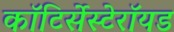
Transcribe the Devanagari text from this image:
कॉटिर्सेस्टेरॉयड